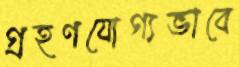
গ্রহণযোগ্যভাবে